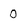
Character: 0